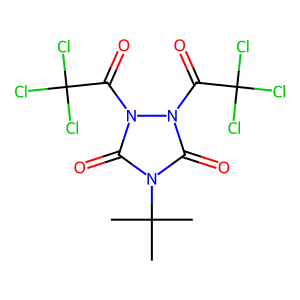
SMILES: CC(C)(C)n1c(=O)n(C(=O)C(Cl)(Cl)Cl)n(C(=O)C(Cl)(Cl)Cl)c1=O
Inhibits HIV replication: No